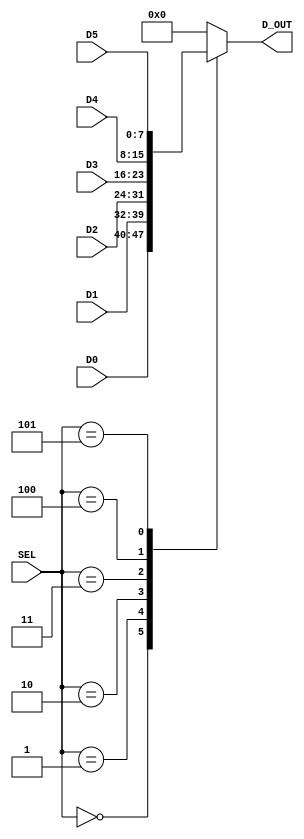
module mux_6t1_nb(SEL, D0, D1, D2, D3, D4, D5, D_OUT); 
       input  [2:0] SEL; 
       input  [n-1:0] D0, D1, D2, D3, D4, D5; 
       output reg [n-1:0] D_OUT;  
       
       parameter n = 8; 
        
       always @(*)
       begin 
          case (SEL) 
              0:      D_OUT = D0;
              1:      D_OUT = D1;
              2:      D_OUT = D2;
              3:      D_OUT = D3;
              4:      D_OUT = D4;
              5:      D_OUT = D5;
              default D_OUT = 0;
          endcase 
		end
                
endmodule